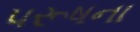
પરૂષના